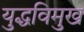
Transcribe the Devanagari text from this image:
युद्धविमुख